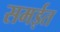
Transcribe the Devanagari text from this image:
समईत